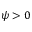
\psi > 0